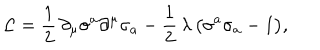
LaTeX: { \cal L } = \frac { 1 } { 2 } \, \partial _ { \mu } \sigma ^ { a } \partial ^ { \mu } \sigma _ { a } - \frac { 1 } { 2 } \, \lambda \, \bigl ( \sigma ^ { a } \sigma _ { a } - 1 \bigr ) ,